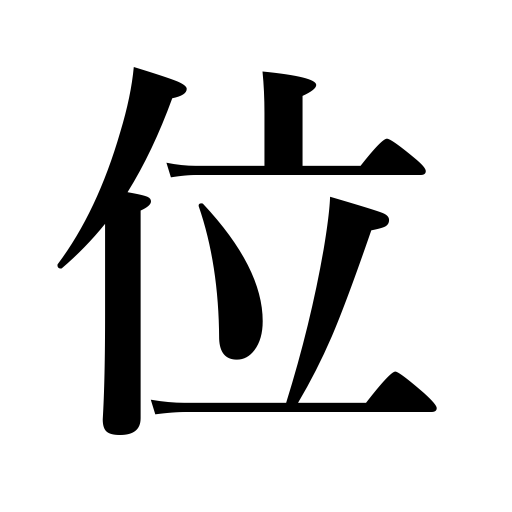
Meanings: throne,dignity,place,grade,crown,court order,nobility,situation,rank